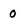
Character: 0